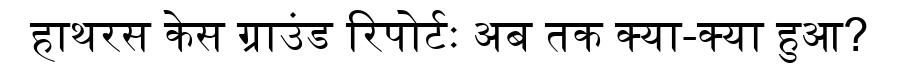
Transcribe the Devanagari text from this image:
हाथरस केस ग्राउंड रिपोर्टः अब तक क्या-क्या हुआ?